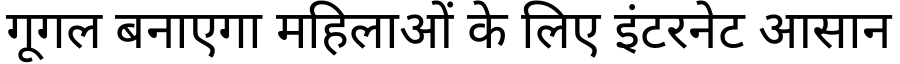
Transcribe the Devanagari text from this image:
गूगल बनाएगा महिलाओं के लिए इंटरनेट आसान